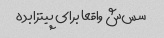
سس‌ش واقعا برای پیتزا بده